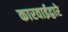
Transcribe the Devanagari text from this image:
कारवाईद्वारे